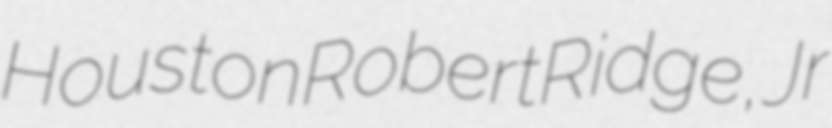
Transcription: Houston Robert Ridge, Jr